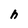
Character: h